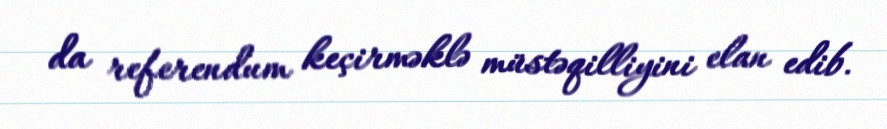
da referendum keçirməklə müstəqilliyini elan edib.